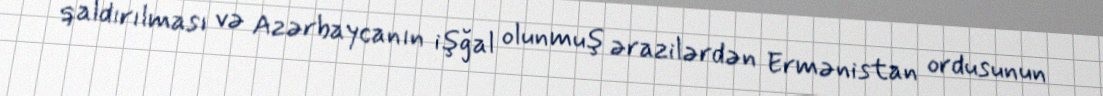
qaldırılması və Azərbaycanın işğal olunmuş ərazilərdən Ermənistan ordusunun